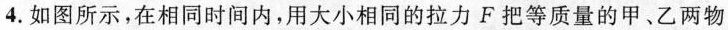
4. 如图所示，在相同时间内，用大小相同的拉力F把等质量的甲、乙两物